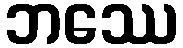
ဘဿေ